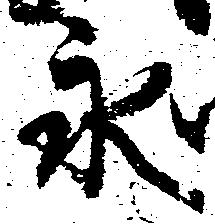
永